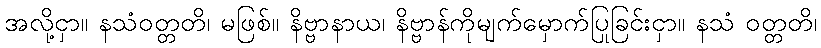
အလို့ငှာ။ နသံဝတ္တတိ၊ မဖြစ်။ နိဗ္ဗာနာယ၊ နိဗ္ဗာန်ကိုမျက်မှောက်ပြုခြင်းငှာ။ နသံ ဝတ္တတိ၊